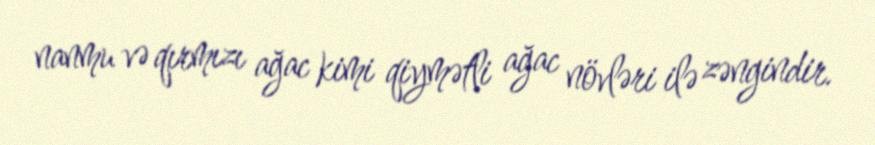
nanmu və qırmızı ağac kimi qiymətli ağac növləri ilə zəngindir.